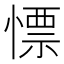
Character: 慓